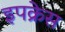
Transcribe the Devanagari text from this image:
इपक्रेस